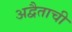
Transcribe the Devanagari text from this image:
अद्वैताची